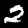
Digit: 2